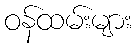
ဝန်ထမ်းများ